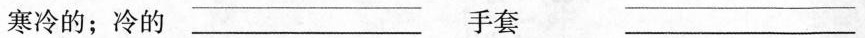
寒冷的；冷的 ___ 手套 ___